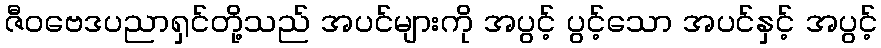
ဇီဝဗေဒပညာရှင်တို့သည် အပင်များကို အပွင့် ပွင့်သော အပင်နှင့် အပွင့်